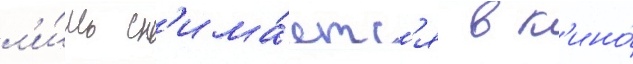
л'и́шь сн'има́етс'я в к'ино́